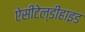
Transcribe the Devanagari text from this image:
ऐसीटेल्डीहाइड